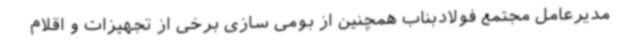
مدیرعامل مجتمع فولادبناب همچنین از بومی سازی برخی از تجهیزات و اقلام